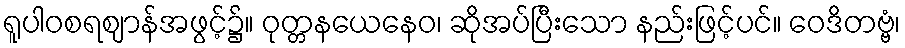
ရူပါဝစရဈာန်အဖွင့်၌။ ဝုတ္တနယေနေဝ၊ ဆိုအပ်ပြီးသော နည်းဖြင့်ပင်။ ဝေဒိတဗ္ဗံ၊